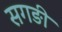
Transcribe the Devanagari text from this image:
सगङी